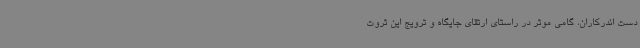
دست اندرکاران، گامی موثر در راستای ارتقای جایگاه و ترویج این ثروت